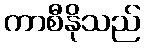
ကာစီနိုသည်